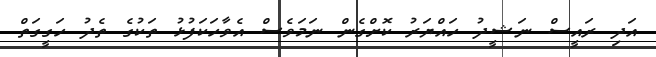
އަދި ރައީސް ނަޝީދު ހައްޔަރު ކޮށްގެން ނަމަވެސް އެވާހަކަފުޅު ތަކުގެ ތެދު ހަގީގަތް